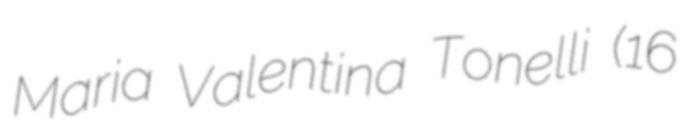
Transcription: Maria Valentina Tonelli (16